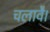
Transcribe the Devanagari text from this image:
चलावै।